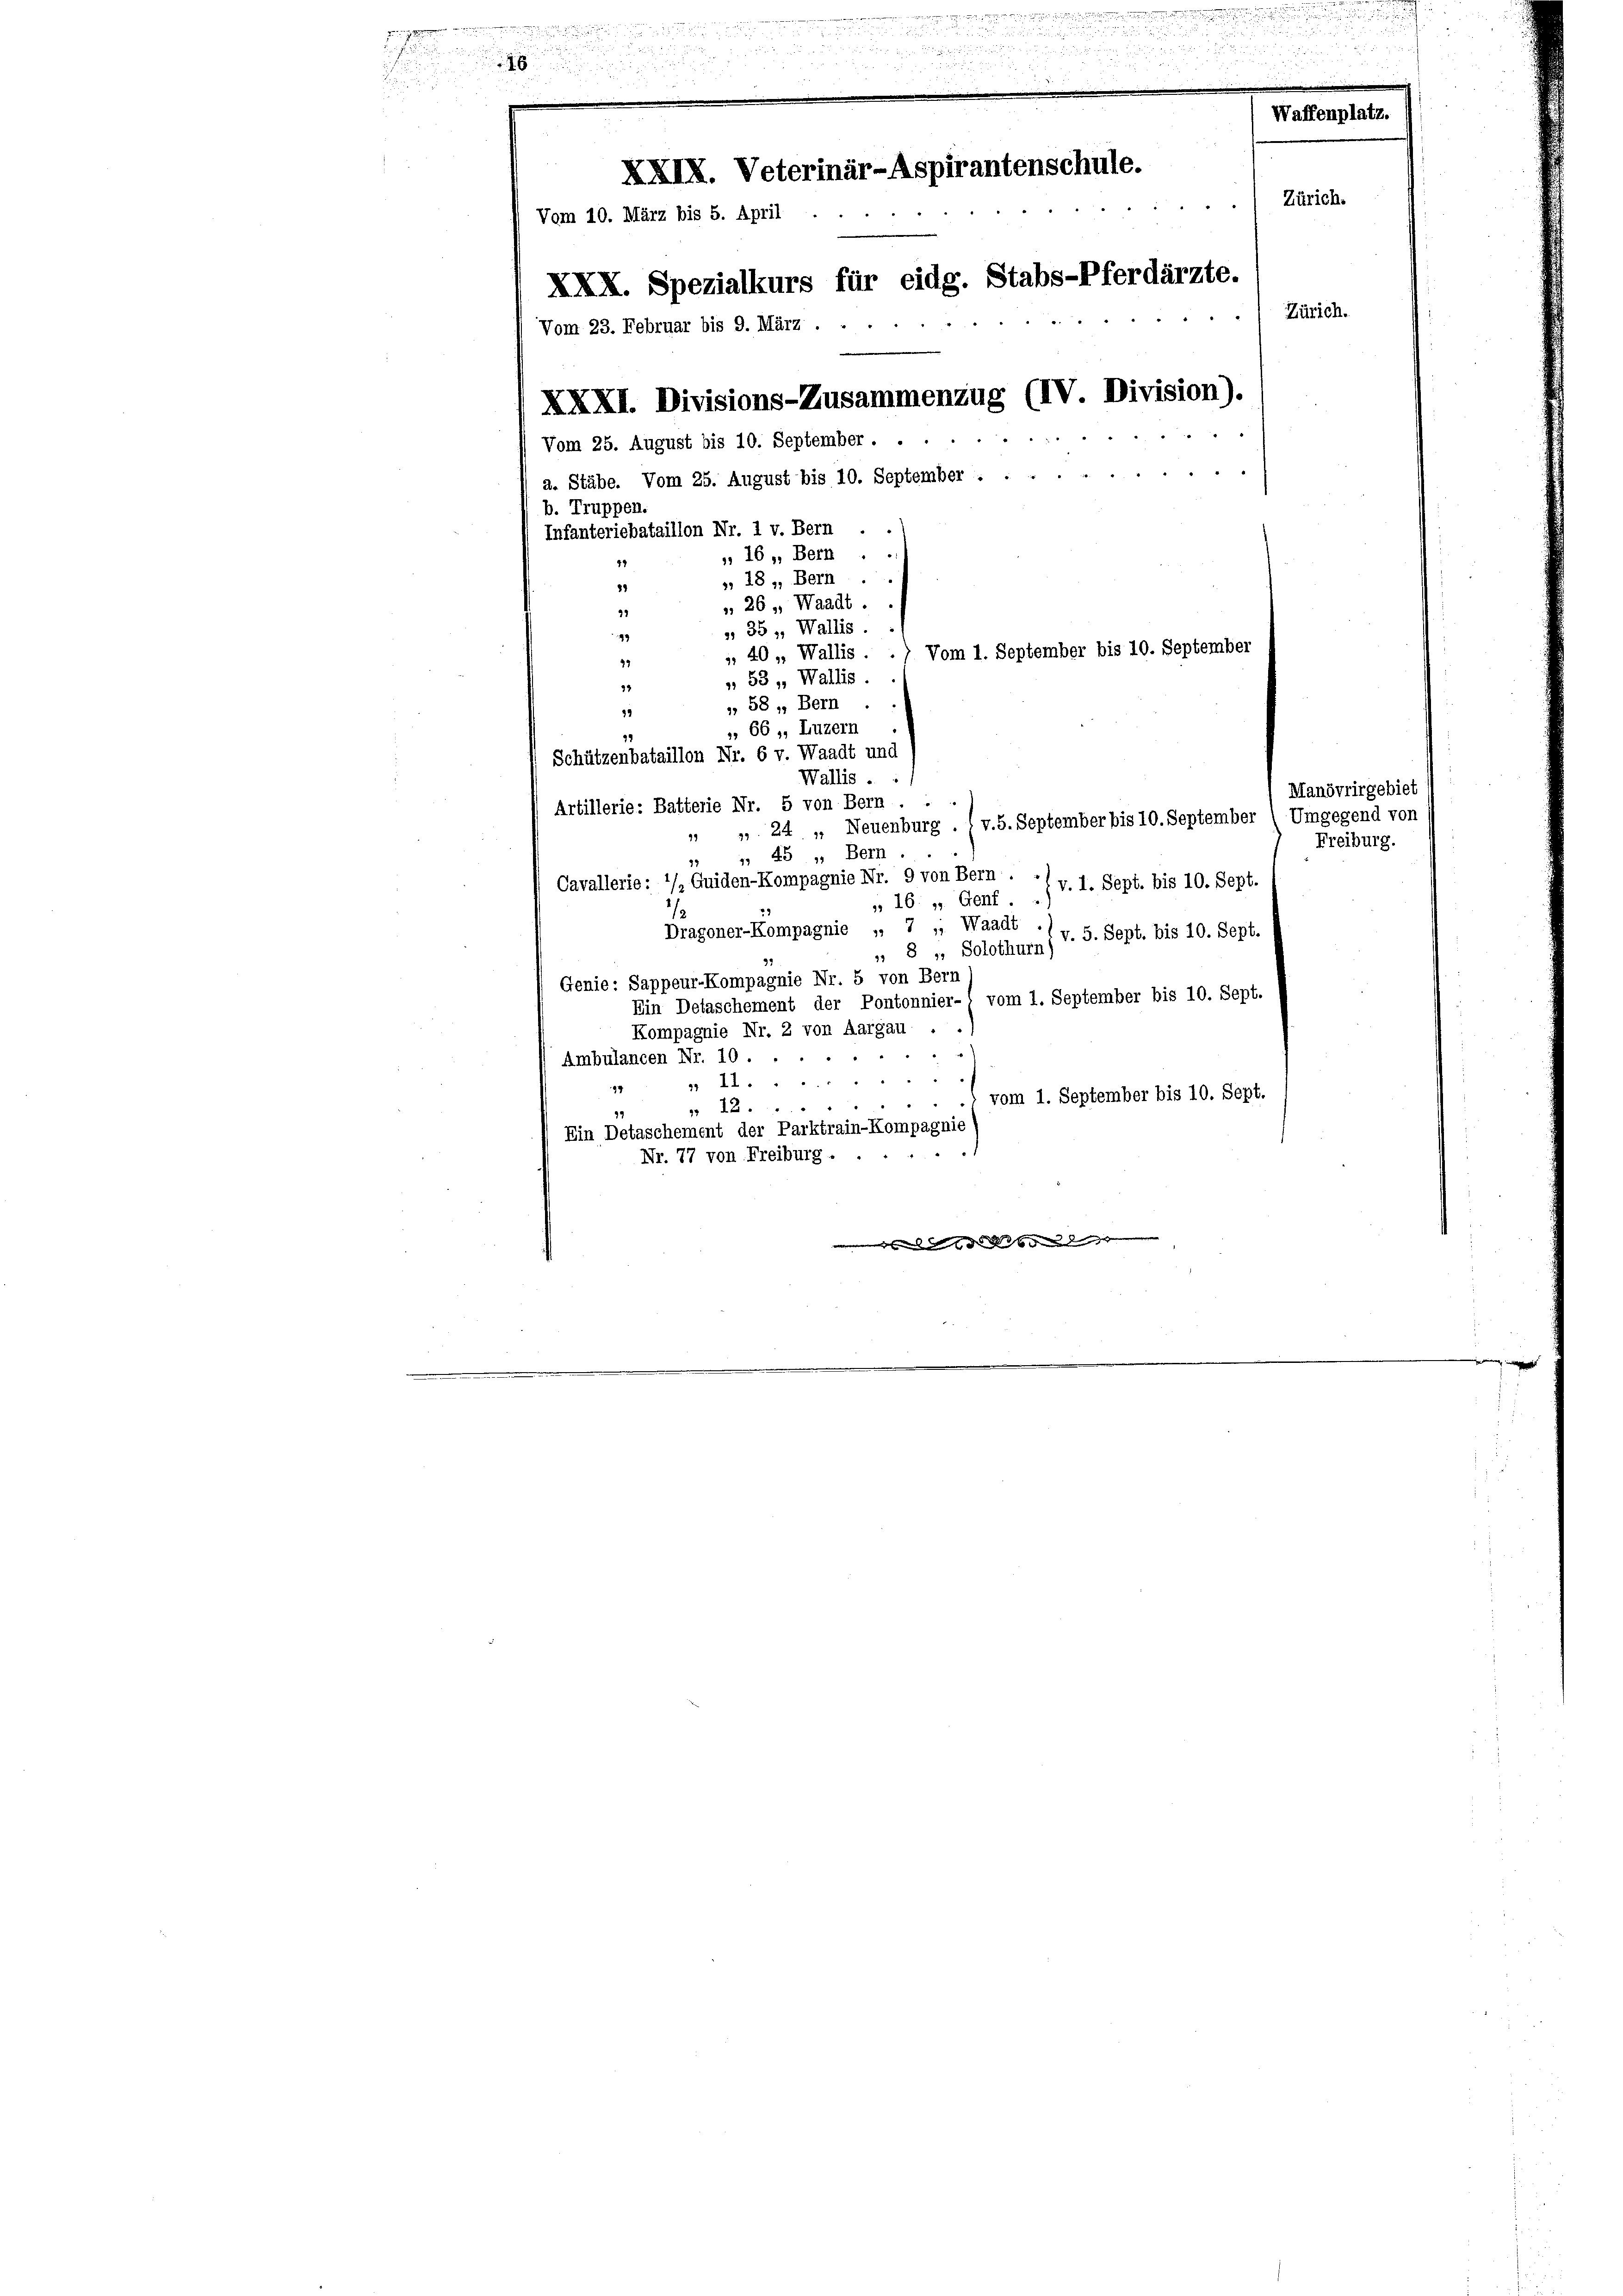
16, Bern
47
», 18, Bern.
87
 26, Waadt.
22
 35, Wallis.
99
 40, Wallis . .) Vom 1. September bis 10. September
39
„ 53, Wallis.
34
 58, Bern
12
», 66, Luzern
19
Schützenbataillon Nr. 6 v. Waadt und
Wallis . .
Artillerie: Batterie Nr. 5 von Bern.
 " 24 „ Neuenburg . (v. 5. September bis 10. September 1 Umgegend von
 45 „ Bern.
12
Cavallerie: */, Quiden-Kompagnie Nr. 9 von Bern. *) v. 1. Sept. bis 10. Sept.
„ 16: „ Genf.
Dragoner-Kompagnie „ 7 , Waadt
v. 5. Sept. bis 10. Sept.
„ 8 „ Solothurn)
Genie: Sappeur-Kompagnie Nr. 5 von Bern
Ein Detaschement der Pontonnier-: vom 1. September bis 10. Sept.
Kompagnie Nr. 2 von Aargau.
Ambulancen Nr. 10.
97 9, 11........
vom 1. September bis 10. Sept.
„ 12.
Ein Detaschement der Parktrain-Kompagnie
Nr. 77 von Freiburg .

Waffenplatz.
XXIX. Veterinär-Aspirantenschule.
Zürich.
Vom 10. März bis 5. April
XXX. Spezialkurs für eidg. Stabs-Pferdärzte.
Zürich.
Vom 23. Februar bis 9. März.
XXXI. Divisions-Zusammenzug (IV. Division).
24
Vom 25. August bis 10. September . .
a. Stäbe. Vom 25. August bis 10. September
b. Truppen.
Infanteriebataillon Nr. 1 v. Bern .

Manövrirgebiet
Freiburg.